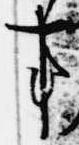
事